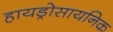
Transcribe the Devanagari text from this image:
हायड्रोसायनिक